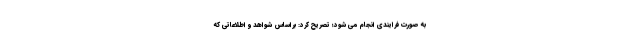
به صورت فرایندی انجام می شود؛ تصریح کرد: براساس شواهد و اطلاعاتی که